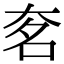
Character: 㚚